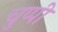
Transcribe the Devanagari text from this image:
चुप्‍पी